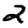
Digit: 2